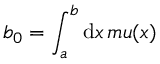
b _ { 0 } = \int _ { a } ^ { b } \mathrm { d } x \, m u ( x )